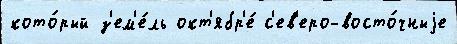
кото́рый з'ем'е́ль окт'ябр'е́ с'ев'еро-восто́чныjе